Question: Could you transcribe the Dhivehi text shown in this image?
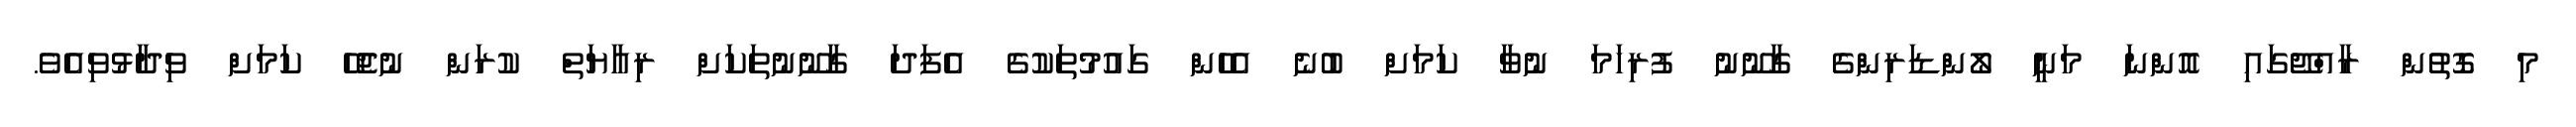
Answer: މި ގޮތުން ރާއްޖޭގައި އޮންނަ މަނީ ލޯންޑަރިންގެ ގާނޫނު ފުރިހަމަ ނުވާ ކަމަށް ބުނެ އެހެން ގައުމުތަކުގެ އެފަދަ ގާނޫނުތަކަށް ރިއާޔަތް ކުރަން ނުޖެހޭ ކަމަށް ވިދާޅުވިއެވެ.